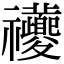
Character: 𥜶